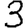
Digit: 3